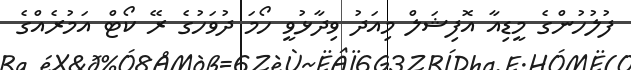
ފުލުހުންގެ މީޑިއާ އޮފިޝަލް މިއަދު ވިދާޅުވީ ހޯމަ ދުވަހުގެ ރޭ ކޯޓް އަމުރެއްގެ